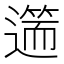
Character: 𨖺